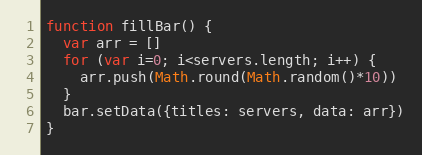
Language: JavaScript
function fillBar() {
  var arr = []
  for (var i=0; i<servers.length; i++) {
    arr.push(Math.round(Math.random()*10))
  }
  bar.setData({titles: servers, data: arr})
}